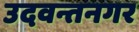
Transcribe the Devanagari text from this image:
उदवन्तनगर